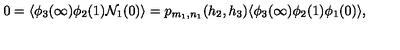
0 = \langle \phi _ { 3 } ( \infty ) \phi _ { 2 } ( 1 ) { \cal N } _ { 1 } ( 0 ) \rangle = p _ { m _ { 1 } , n _ { 1 } } ( h _ { 2 } , h _ { 3 } ) \langle \phi _ { 3 } ( \infty ) \phi _ { 2 } ( 1 ) \phi _ { 1 } ( 0 ) \rangle ,